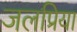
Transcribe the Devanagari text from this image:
जलप्रिया